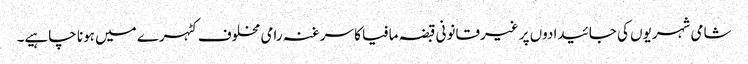
شامی شہریوں کی جائیدادوں پر غیرقانونی قبضہ مافیا کا سرغنہ رامی مخلوف کٹہرے میں ہونا چاہیے۔